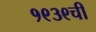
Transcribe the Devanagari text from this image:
१९३९ची